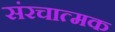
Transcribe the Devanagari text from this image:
संरचात्मक